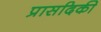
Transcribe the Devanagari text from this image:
प्रासदिकी